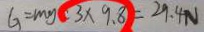
G = m g c 3 \times 9 . 8 = 2 9 . 4 N